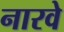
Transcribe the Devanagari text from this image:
नारवे